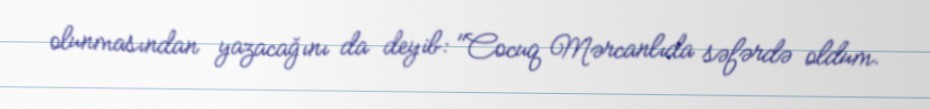
olunmasından yazacağını da deyib: "Cocuq Mərcanlıda səfərdə oldum.